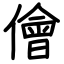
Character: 儈